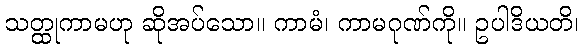
သတ္ထုကာမဟု ဆိုအပ်သော။ ကာမံ၊ ကာမဂုဏ်ကို။ ဥပါဒိယတိ၊